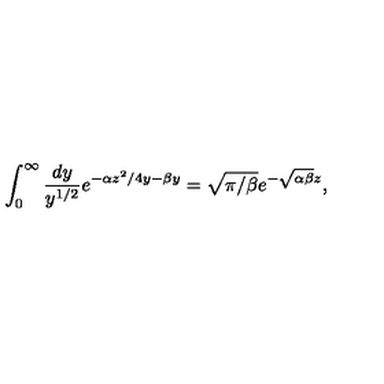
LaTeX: \int _ { 0 } ^ { \infty } \frac { d y } { y ^ { 1 / 2 } } e ^ { - \alpha z ^ { 2 } / 4 y - \beta y } = \sqrt { \pi / \beta } e ^ { - \sqrt { \alpha \beta } z } ,